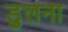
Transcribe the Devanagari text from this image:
डुलना